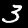
Digit: 3